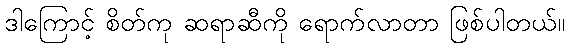
ဒါကြောင့် စိတ်ကု ဆရာဆီကို ရောက်လာတာ ဖြစ်ပါတယ်။